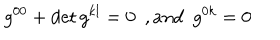
g ^ { 0 0 } + \det g ^ { k l } = 0 \ \ , a n d \ \ g ^ { 0 k } = 0